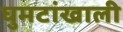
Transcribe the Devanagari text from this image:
घुमटांखाली